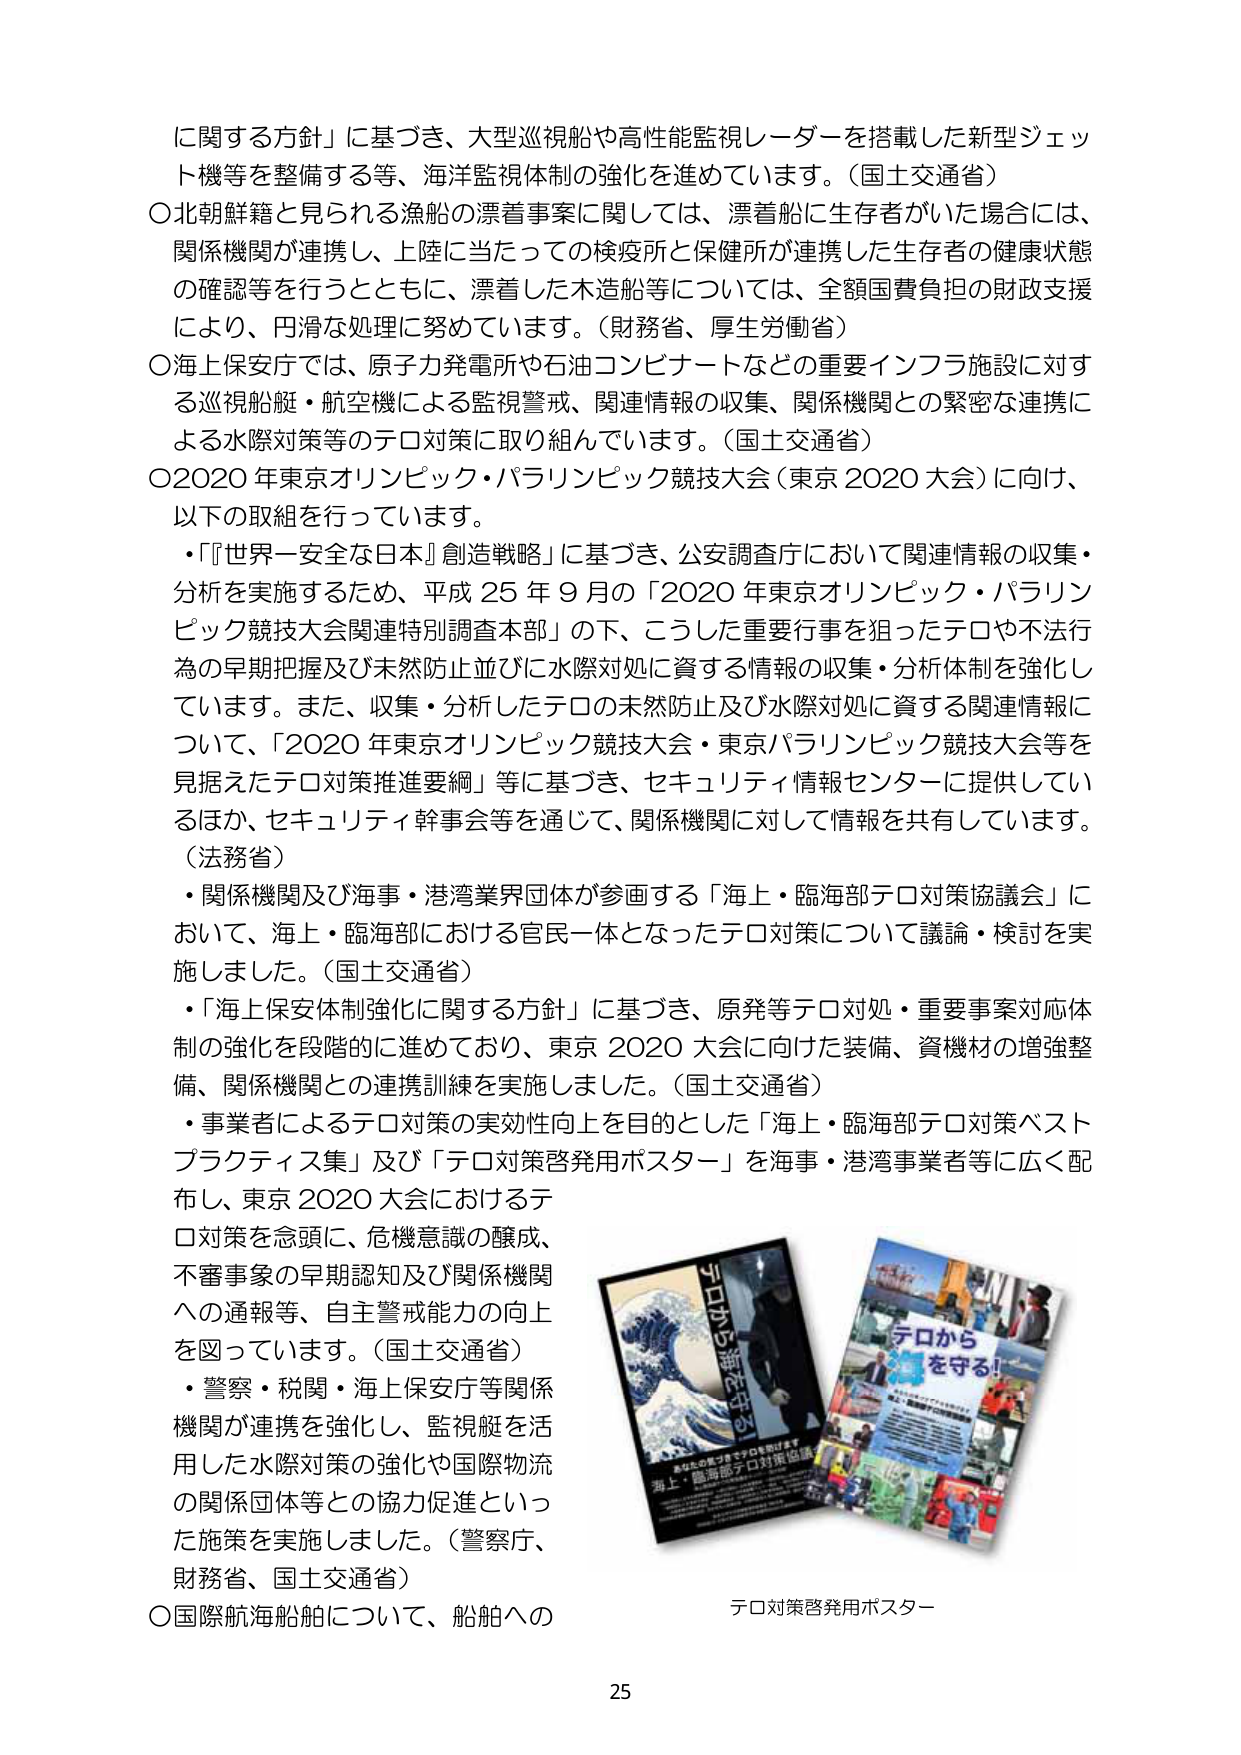
に関する方針」に基づき、大型巡視船や高性能監視レーダーを搭載した新型ジェット機等を整備する等、海洋監視体制の強化を進めています。（国土交通省）
○北朝鮮籍と見られる漁船の漂着事案に関しては、漂着船に生存者がいた場合には、関係機関が連携し、上陸に当たっての検疫所と保健所が連携した生存者の健康状態の確認等を行うとともに、漂着した木造船等については、全額国費負担の財政支援により、円滑な処理に努めています。（財務省、厚生労働省）
○海上保安庁では、原子力発電所や石油コンビナートなどの重要インフラ施設に対する巡視船艇・航空機による監視警戒、関連情報の収集、関係機関との緊密な連携による水際対策等のテロ対策に取り組んでいます。（国土交通省）
○2020年東京オリンピック・パラリンピック競技大会（東京2020大会）に向け、以下の取組を行っています。
・『世界一安全な日本』創造戦略」に基づき、公安調査庁において関連情報の収集・分析を実施するため、平成25年9月の「2020年東京オリンピック・パラリンピック競技大会関連特別調査本部」の下、こうした重要行事を狙ったテロや不法行為の早期把握及び未然防止並びに水際対処に資する情報の収集・分析体制を強化しています。また、収集・分析したテロの未然防止及び水際対処に資する関連情報について、「2020年東京オリンピック競技大会・東京パラリンピック競技大会等を見据えたテロ対策推進要綱」等に基づき、セキュリティ情報センターに提供しているほか、セキュリティ幹事会等を通じて、関係機関に対して情報を共有しています。（法務省）
・関係機関及び海事・港湾業界団体が参画する「海上・臨海部テロ対策協議会」において、海上・臨海部における官民一体となったテロ対策について議論・検討を実施しました。（国土交通省）
・「海上保安体制強化に関する方針」に基づき、原発等テロ対処・重要事案対応体制の強化を段階的に進めており、東京2020大会に向けた装備、資機材の増強整備、関係機関との連携訓練を実施しました。（国土交通省）
・事業者によるテロ対策の実効性向上を目的とした「海上・臨海部テロ対策ベストプラクティス集」及び「テロ対策啓発用ポスター」を海事・港湾事業者等に広く配布し、東京2020大会におけるテロ対策を念頭に、危機意識の醸成、不審事象の早期認知及び関係機関への通報等、自主警戒能力の向上を図っています。（国土交通省）
・警察・税関・海上保安庁等関係機関が連携を強化し、監視艇を活用した水際対策の強化や国際物流の関係団体等との協力促進といった施策を実施しました。（警察庁、財務省、国土交通省）
○国際航海船舶について、船舶への

テロ対策啓発用ポスター

25